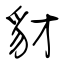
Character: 豺